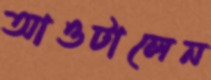
আওটালেন